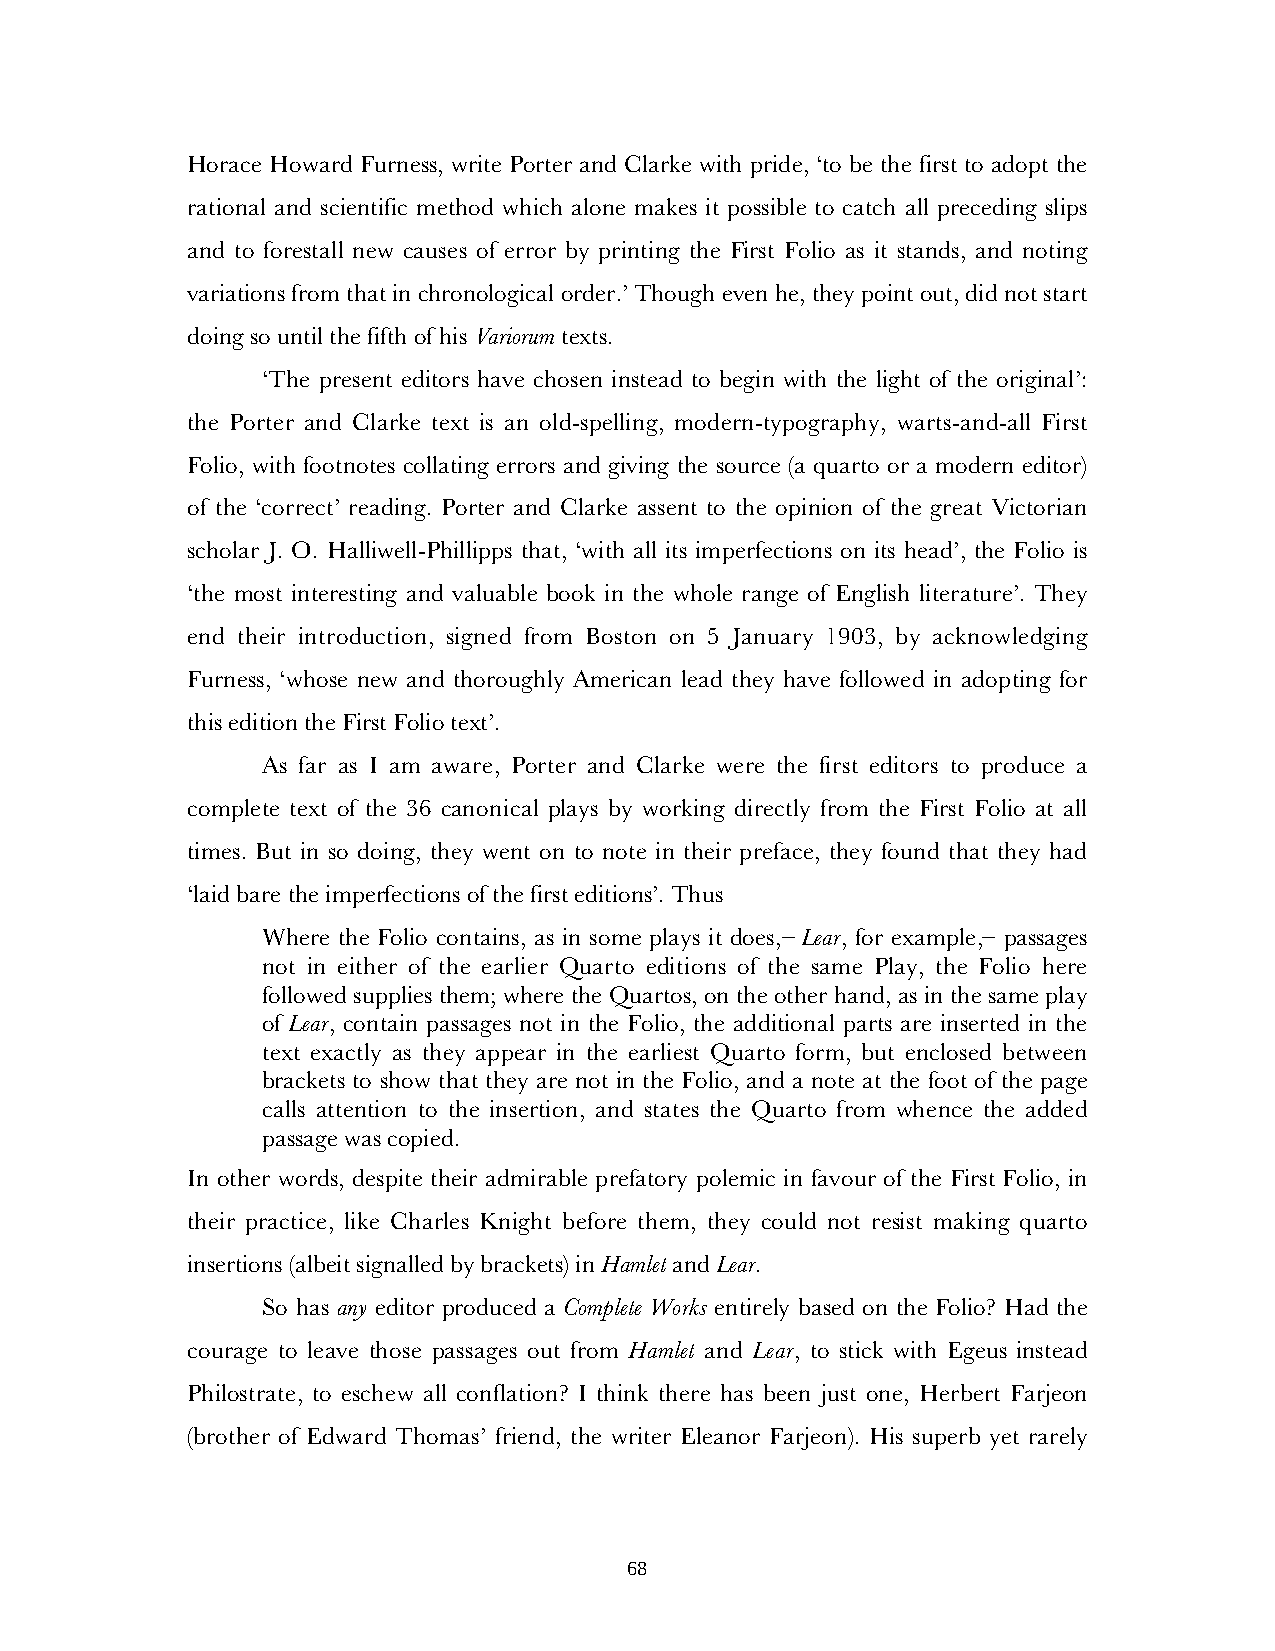
Horace Howard Furness, write Porter and Clarke with pride, ‘to be the first to adopt the
 rational and scientific method which alone makes it possible to catch all preceding slips
 and to forestall new causes of error by printing the First Folio as it stands, and noting
 variations from that in chronological order.’ Though even he, they point out, did not start
 doing so until the fifth of his Variorum texts.
 ‘The present editors have chosen instead to begin with the light of the original’:
 the Porter and Clarke text is an old-spelling, modern-typography, warts-and-all First
 Folio, with footnotes collating errors and giving the source (a quarto or a modern editor)
 of the ‘correct’ reading. Porter and Clarke assent to the opinion of the great Victorian
 scholar J. O. Halliwell-Phillipps that, ‘with all its imperfections on its head’, the Folio is
 ‘the most interesting and valuable book in the whole range of English literature’. They
 end their introduction, signed from Boston on 5 January 1903, by acknowledging
 Furness, ‘whose new and thoroughly American lead they have followed in adopting for
 this edition the First Folio text’.
 As far as I am aware, Porter and Clarke were the first editors to produce a
 complete text of the 36 canonical plays by working directly from the First Folio at all
 times. But in so doing, they went on to note in their preface, they found that they had
 ‘laid bare the imperfections of the first editions’. Thus
 Where the Folio contains, as in some plays it does,– Lear, for example,– passages
 not in either of the earlier Quarto editions of the same Play, the Folio here
 followed supplies them; where the Quartos, on the other hand, as in the same play
 of Lear, contain passages not in the Folio, the additional parts are inserted in the
 text exactly as they appear in the earliest Quarto form, but enclosed between
 brackets to show that they are not in the Folio, and a note at the foot of the page
 calls attention to the insertion, and states the Quarto from whence the added
 passage was copied.
 In other words, despite their admirable prefatory polemic in favour of the First Folio, in
 their practice, like Charles Knight before them, they could not resist making quarto
 insertions (albeit signalled by brackets) in Hamlet and Lear.
 So has any editor produced a Complete Works entirely based on the Folio? Had the
 courage to leave those passages out from Hamlet and Lear, to stick with Egeus instead
 Philostrate, to eschew all conflation? I think there has been just one, Herbert Farjeon
 (brother of Edward Thomas’ friend, the writer Eleanor Farjeon). His superb yet rarely
 68